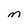
Character: M